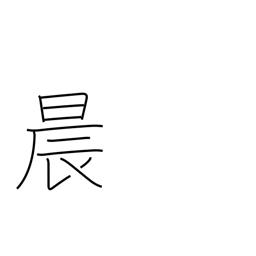
Meaning: morning